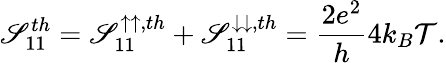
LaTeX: {\mathscr{S}_{11}^{th}=\mathscr{S}_{11}^{\uparrow\uparrow,th}+\mathscr{S}_{11}^{\downarrow\downarrow,th}=\frac{{2e^{2}}}{{h}}4k_{B}\mathcal{{T}}}.